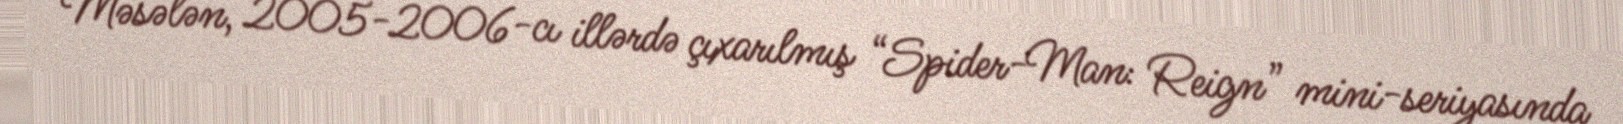
Məsələn, 2005-2006-cı illərdə çıxarılmış “Spider-Man: Reign” mini-seriyasında